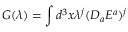
G ( \lambda ) = \int d ^ { 3 } x \lambda ^ { j } ( D _ { a } E ^ { a } ) ^ { j }